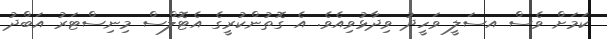
ކަމަށް ވެސް އސަލީ ވަހީދު ވިދާޅުވިއެވެ. އެ ގޮތުންކުރީގެ އެޓޮލްސް މިނިސްޓަރު އަބްދު